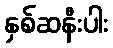
နှစ်ဆနီးပါး